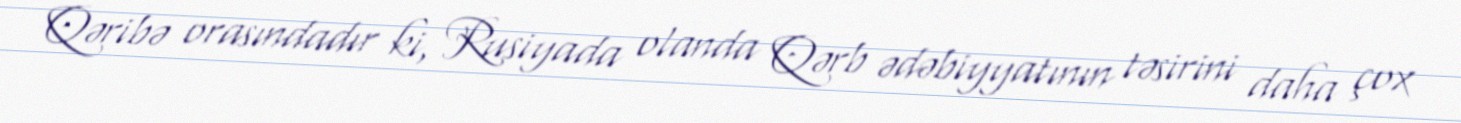
Qəribə orasındadır ki, Rusiyada olanda Qərb ədəbiyyatının təsirini daha çox